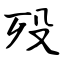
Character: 殁